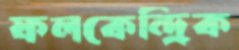
ফলকেন্দ্রিক